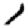
Digit: 1